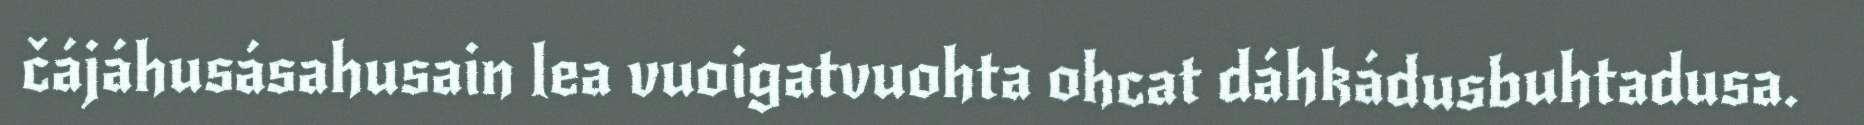
čájáhusásahusain lea vuoigatvuohta ohcat dáhkádusbuhtadusa.